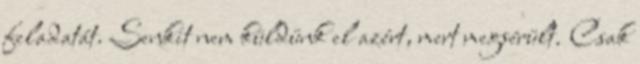
feladatát. Senkit nem küldünk el azért, mert megsérült. Csak